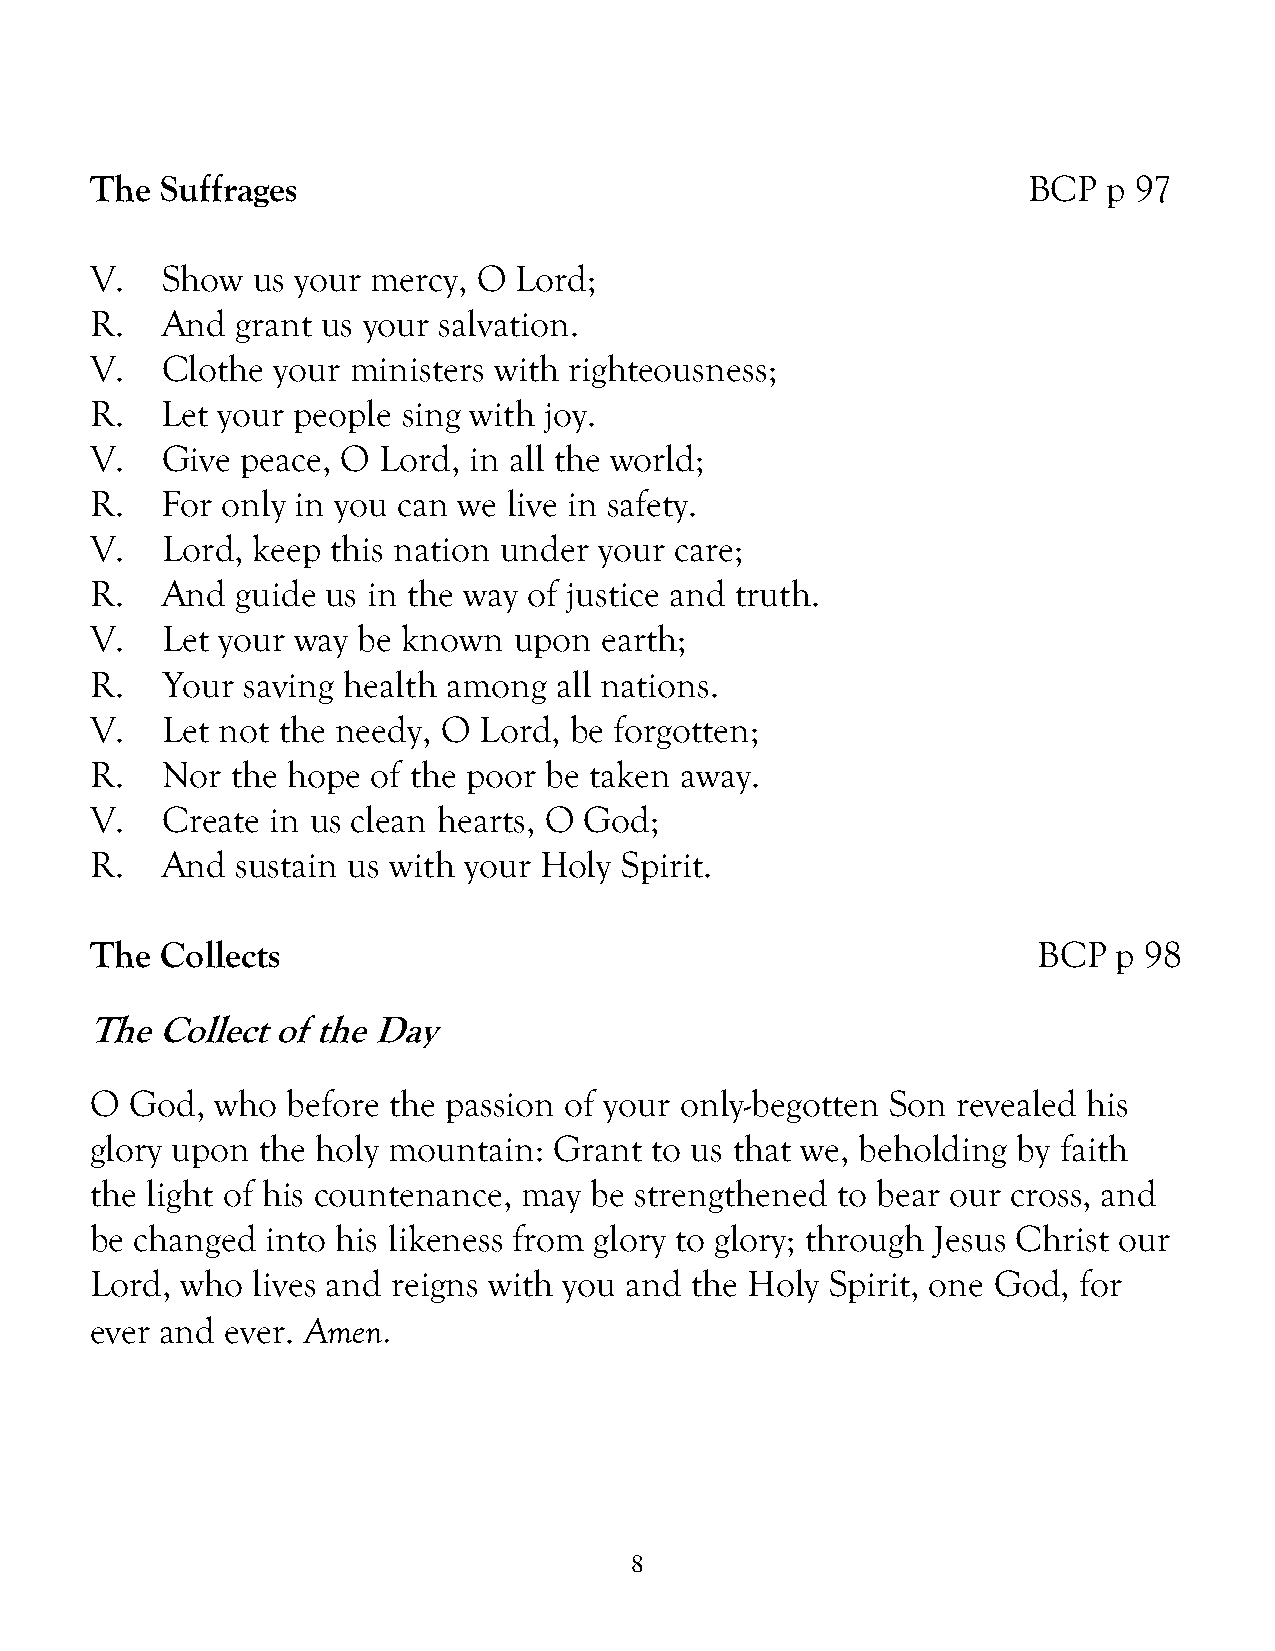
The  Suffrages                                                BCP  p 97
 V.   Show  us your mercy, O Lord;
 R.   And  grant us your salvation.
 V.   Clothe your ministers with righteousness;
 R.   Let your people sing with joy.
 V.   Give peace, O Lord, in all the world;
 R.   For only in you can we live in safety.
 V.   Lord, keep this nation under your care;
 R.   And  guide us in the way of justice and truth.
 V.   Let your way be known  upon  earth;
 R.   Your saving health among  all nations.
 V.   Let not the needy, O Lord, be forgotten;
 R.   Nor the hope  of the poor be taken away.
 V.   Create in us clean hearts, O God;
 R.   And  sustain us with your Holy Spirit.
 The  Collects                                                  BCP  p 98
 The Collect of the Day
 O  God, who  before the passion of your only-begotten Son revealed his
 glory upon the holy mountain:  Grant to us that we, beholding by faith
 the light of his countenance, may be strengthened to bear our cross, and
 be changed  into his likeness from glory to glory; through Jesus Christ our
 Lord, who  lives and reigns with you and the Holy Spirit, one God, for
 ever and ever. Amen.
 8